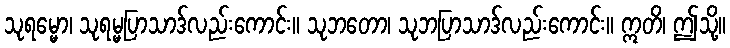
သုရမ္မော၊ သုရမ္မပြာသာဒ်လည်းကောင်း။ သုဘတော၊ သုဘပြာသာဒ်လည်းကောင်း။ ဣတိ၊ ဤသို့။